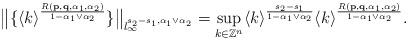
LaTeX: \begin{align*} \big\|\{\langle k\rangle^{\frac{R(\mathbf{p},\mathbf{q},\alpha_1,\alpha_2)}{1-\alpha_1\vee \alpha_2}}\}\big\|_{l_{\infty}^{s_2-s_1,\alpha_1\vee\alpha_2}} =\sup_{k\in \mathbb{Z}^n}\langle k\rangle^{\frac{s_2-s_1}{1-\alpha_1\vee \alpha_2}}\langle k\rangle^{\frac{R(\mathbf{p},\mathbf{q},\alpha_1,\alpha_2)}{1-\alpha_1\vee \alpha_2}}.\end{align*}